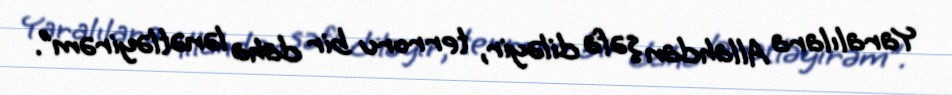
Yaralılara Allahdan şəfa diləyir, terroru bir daha lənətləyirəm”.